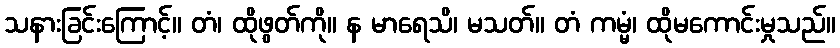
သနားခြင်းကြောင့်။ တံ၊ ထိုဖွတ်ကို။ န မာရေသိ၊ မသတ်။ တံ ကမ္မံ၊ ထိုမကောင်းမှုသည်။